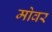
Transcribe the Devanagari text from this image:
मोवर